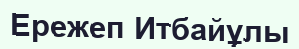
Ережеп Итбайұлы